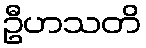
ဦဟသတိ